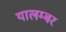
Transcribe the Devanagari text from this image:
यालम्बर